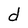
Character: d